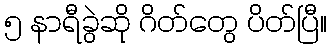
၅ နာရီခွဲဆို ဂိတ်တွေ ပိတ်ပြီ။